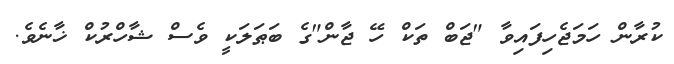
ކުރާން ހަމަޖެހިފައިވާ "ޖަބް ތަކް ހޭ ޖާން"ގެ ބަޠަލަކީ ވެސް ޝާހްރުކް ޚާނެވެ.